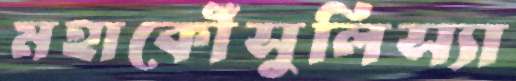
মহাকৌঁসুলিস্যা